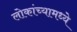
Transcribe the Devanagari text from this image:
लोकांच्यामध्ये